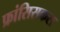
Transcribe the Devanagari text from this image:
फ्रांसिसकस